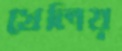
খেলিয়